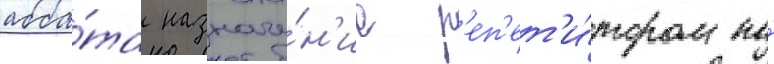
абба́та назначе́н'ие р'еп'ет'и́тором по́